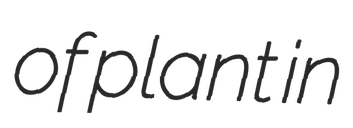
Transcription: of plant in